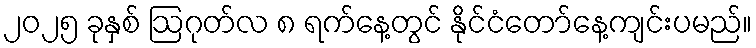
၂၀၂၅ ခုနှစ် ဩဂုတ်လ ၈ ရက်နေ့တွင် နိုင်ငံတော်နေ့ကျင်းပမည်။